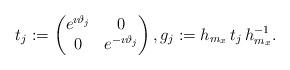
LaTeX: \begin{align*} t_j:=\begin{pmatrix} e^{\imath\vartheta_j} & 0 \\0 & e^{-\imath\vartheta_j}\end{pmatrix},g_j:=h_{m_x} \, t_j\,h_{m_x}^{-1}.\end{align*}